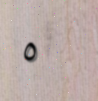
٥